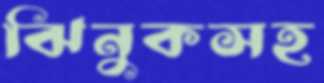
ঝিনুকসহ